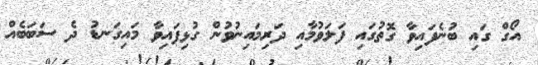
އޯގް ގައި ބުނެފައިވާ ގޮތުގައި ފަލަވުމާއި ދަރިމައިނުވުން ގުޅިފައިވާ މައިގަނޑު ދެ ސަބަބެއް